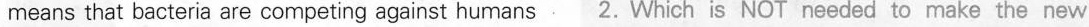
means that bacteria are competing against humans 2. Which is NOT needed to make the new